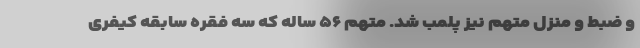
و ضبط و منزل متهم نیز پلمب شد. متهم ۵۶ ساله که سه فقره سابقه کیفری